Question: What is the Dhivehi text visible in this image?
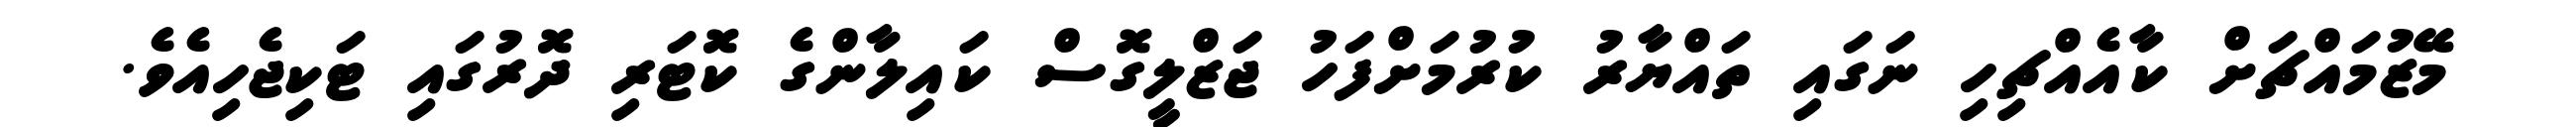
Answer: މޭޒުމައްޗަށް ކާއެއްޗިހި ނަގައި ތައްޔާރު ކުރުމަށްފަހު ޖަޒްލީގޮސް ކައިލާންގެ ކޮޓަރި ދޮރުގައި ޓަކިޖެހިއެވެ.